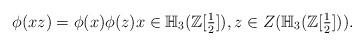
LaTeX: \begin{align*}\phi(xz)=\phi(x)\phi(z) x\in \mathbb{H}_3(\mathbb{Z}[\tfrac{1}{2}]), z\in Z(\mathbb{H}_3(\mathbb{Z}[\tfrac{1}{2}])).\end{align*}